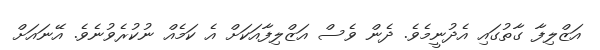
އަޒްލިފާ ގާތުގައި އެދުނީމެވެ. ދެން ވެސް އަޒްލިފާއަކަށް އެ ކަމެއް ނުކުރެވުނެވެ. އޭނައަށް